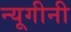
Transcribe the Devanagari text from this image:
न्यूगीनी